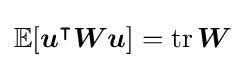
\mathbb {E} [{\boldsymbol {u}}^{\intercal }{\boldsymbol {W}}{\boldsymbol {u}}]=\operatorname {tr} {\boldsymbol {W}}